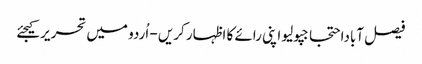
فیصل آباداحتجاجپولیو اپنی رائے کا اظہار کریں - اُردو میں تحریر کیجئے